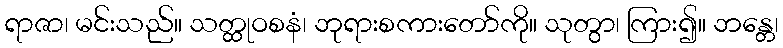
ရာဇာ၊ မင်းသည်။ သတ္ထုဝစနံ၊ ဘုရားစကားတော်ကို။ သုတွာ၊ ကြား၍။ ဘန္တေ၊